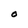
Character: O